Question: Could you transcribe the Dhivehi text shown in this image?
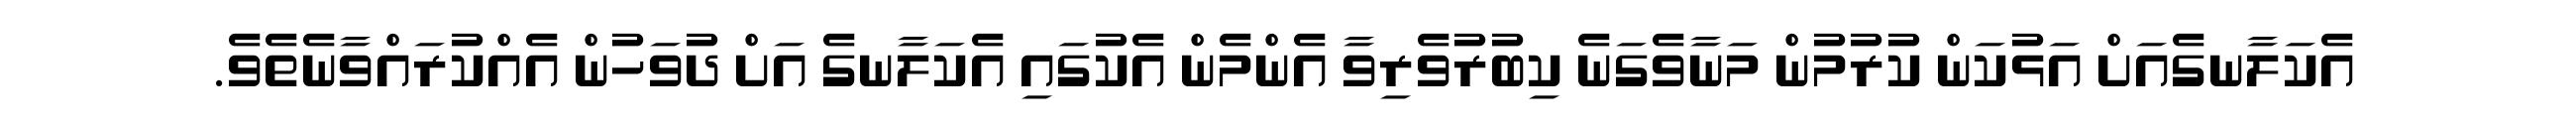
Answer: އެކަލާނގެއަށް އަޅުކަން ކުރުމުން މަނާވެގަނެ ކިބުރުވެރިވާ އެންމެން އެކުގައި އެކަލާނގެ އަށް ދުވަހުން އެއްކުރައްވާނެތެވެ.